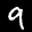
Label: 9